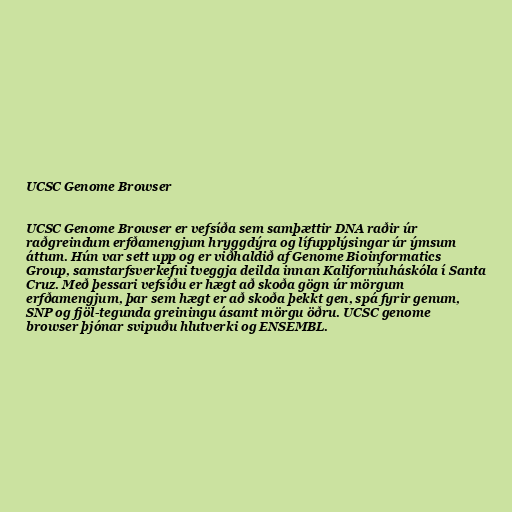
UCSC Genome Browser

UCSC Genome Browser er vefsíða sem samþættir DNA raðir úr
raðgreindum erfðamengjum hryggdýra og lífupplýsingar úr ýmsum
áttum. Hún var sett upp og er viðhaldið af Genome Bioinformatics
Group, samstarfsverkefni tveggja deilda innan Kaliforníuháskóla í Santa
Cruz. Með þessari vefsíðu er hægt að skoða gögn úr mörgum
erfðamengjum, þar sem hægt er að skoða þekkt gen, spá fyrir genum,
SNP og fjöl-tegunda greiningu ásamt mörgu öðru. UCSC genome
browser þjónar svipuðu hlutverki og ENSEMBL.